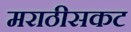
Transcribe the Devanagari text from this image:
मराठीसकट